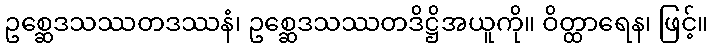
ဥစ္ဆေဒသဿတဒဿနံ၊ ဥစ္ဆေဒသဿတဒိဋ္ဌိအယူကို။ ဝိတ္ထာရေန၊ ဖြင့်။